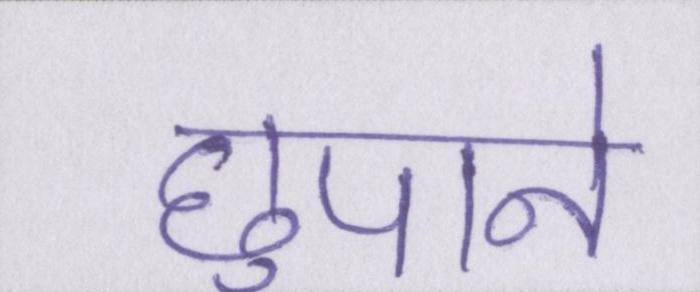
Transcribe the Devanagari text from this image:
छुपाने